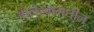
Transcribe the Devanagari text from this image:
आलेखामधील